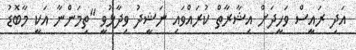
އަދި ރައީސް ވަހީދަށް އިޝާރާތް ކުރައްވައި ނަޝީދު ވިދާޅުވީ "ތިމަންނާ އަކީ މާބޮޑު